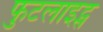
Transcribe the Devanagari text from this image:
फुटलाइट्स